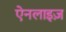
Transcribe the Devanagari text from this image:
ऐनलाइज़